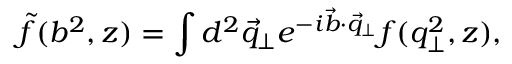
\tilde { f } ( b ^ { 2 } , z ) = \int d ^ { 2 } \vec { q } _ { \bot } e ^ { - i \vec { b } \cdot \vec { q } _ { \bot } } f ( q _ { \bot } ^ { 2 } , z ) ,